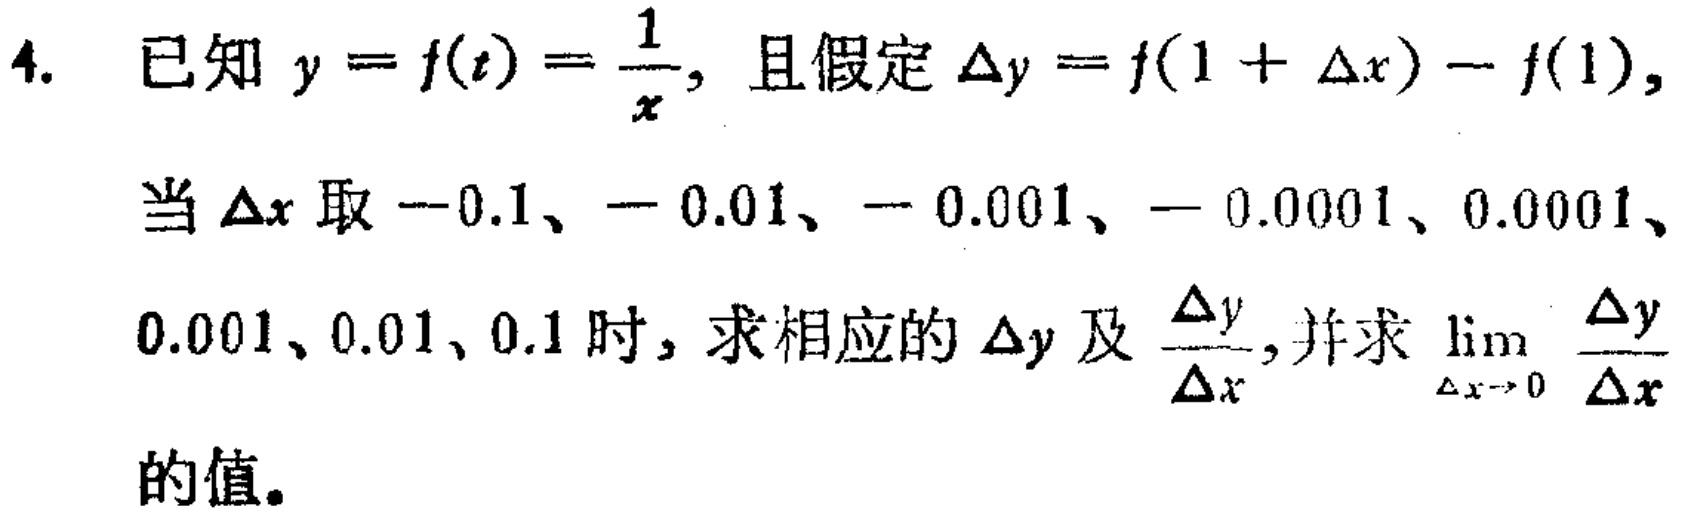
已知 \(y = f(t)=\frac{1}{x}\)，且假定 \(\Delta y = f(1 + \Delta x)-f(1)\)，当 \(\Delta x\) 取 \(-0.1\)、\(- 0.01\)、\(- 0.001\)、\(- 0.0001\)、\(0.0001\)、\(0.001\)、\(0.01\)、\(0.1\) 时，求相应的 \(\Delta y\) 及 \(\frac{\Delta y}{\Delta x}\)，并求 \(\lim\limits_{\Delta x \to 0}\frac{\Delta y}{\Delta x}\) 的值。